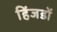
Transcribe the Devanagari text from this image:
हिंजडों